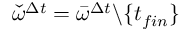
\check { \omega } ^ { \Delta t } = \bar { \omega } ^ { \Delta t } \backslash \{ t _ { f i n } \}